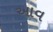
આવ